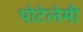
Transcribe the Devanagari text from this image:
पोटेलेमी